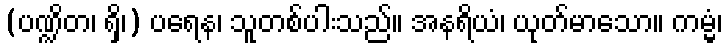
(ပဏ္ဍိတ၊ ရှိ၊) ပရေန၊ သူတစ်ပါးသည်။ အနရိယံ၊ ယုတ်မာသော။ ကမ္မံ၊